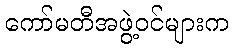
ကော်မတီအဖွဲ့ဝင်များက